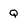
Character: Q